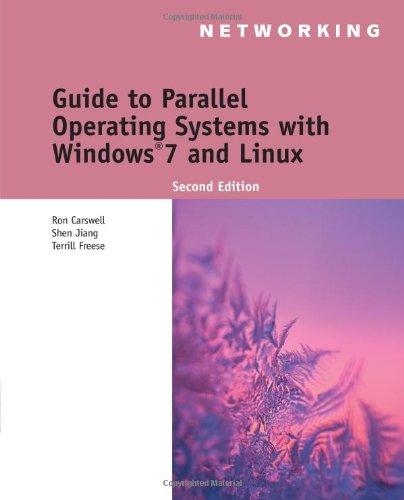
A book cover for Guide to Parallel Operating Systems with Windows 7 and Linux (Networking); Ron Carswell; Computers & Technology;